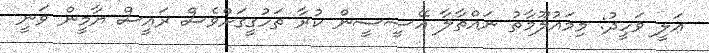
ޢަލީ ވަހީދު: މިމައުލޫމާތު ނައްތާލާ އޭސީސީން ކުރާ ތަހުގީގަށްވެސް ރައީސް ޔާމީން ވަނީ